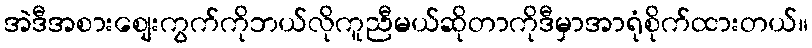
အဲဒီအစားစျေးကွက်ကိုဘယ်လိုကူညီမယ်ဆိုတာကိုဒီမှာအာရုံစိုက်ထားတယ်။